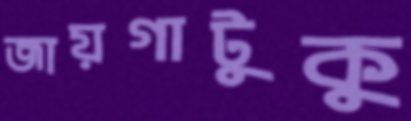
জায়গাটুকু